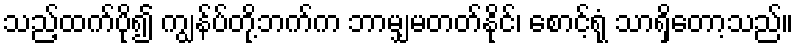
သည့်ထက်ပို၍ ကျွန်ပ်တို့ဘက်က ဘာမျှမတတ်နိုင်၊ စောင့်ရုံ သာရှိတော့သည်။